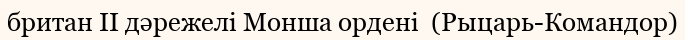
британ ІІ дәрежелі Монша ордені  (Рыцарь-Командор)